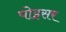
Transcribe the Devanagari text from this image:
पोइसर